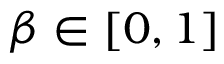
\beta \in [ 0 , 1 ]